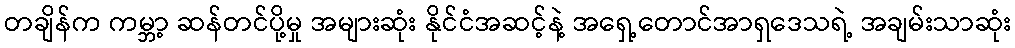
တချိန်က ကမ္ဘာ့ ဆန်တင်ပို့မှု အများဆုံး နိုင်ငံအဆင့်နဲ့ အရှေ့တောင်အာရှဒေသရဲ့ အချမ်းသာဆုံး